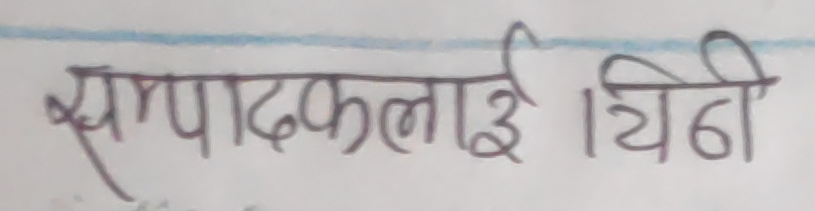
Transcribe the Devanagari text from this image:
सम्पादकलाई चिट्ठी